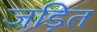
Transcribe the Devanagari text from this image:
जड़ित